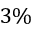
3 \%